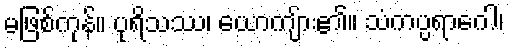
မဖြစ်ကုန်။ ပုရိသဿ၊ ယောကျ်ား၏။ သံကပ္ပရာဂေါ၊